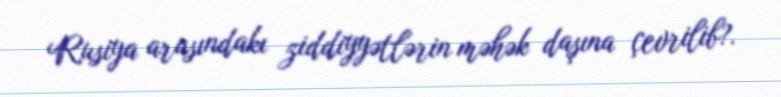
Rusiya arasındakı ziddiyyətlərin məhək daşına çevrilib?.